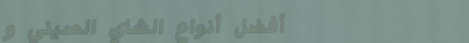
أفضل أنواع الشاي الصيني و